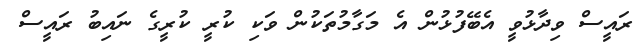
ރައީސް ވިދާޅުވީ އެބޭފުޅުން އެ މަގާމުތަކުން ވަކި ކުރީ ކުރީގެ ނައިބު ރައީސް